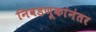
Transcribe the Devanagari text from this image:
निवडणूकांनंतर